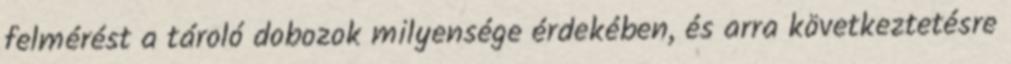
felmérést a tároló dobozok milyensége érdekében, és arra következtetésre